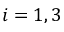
i = 1 , 3